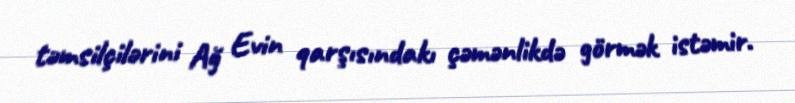
təmsilçilərini Ağ Evin qarşısındakı çəmənlikdə görmək istəmir.